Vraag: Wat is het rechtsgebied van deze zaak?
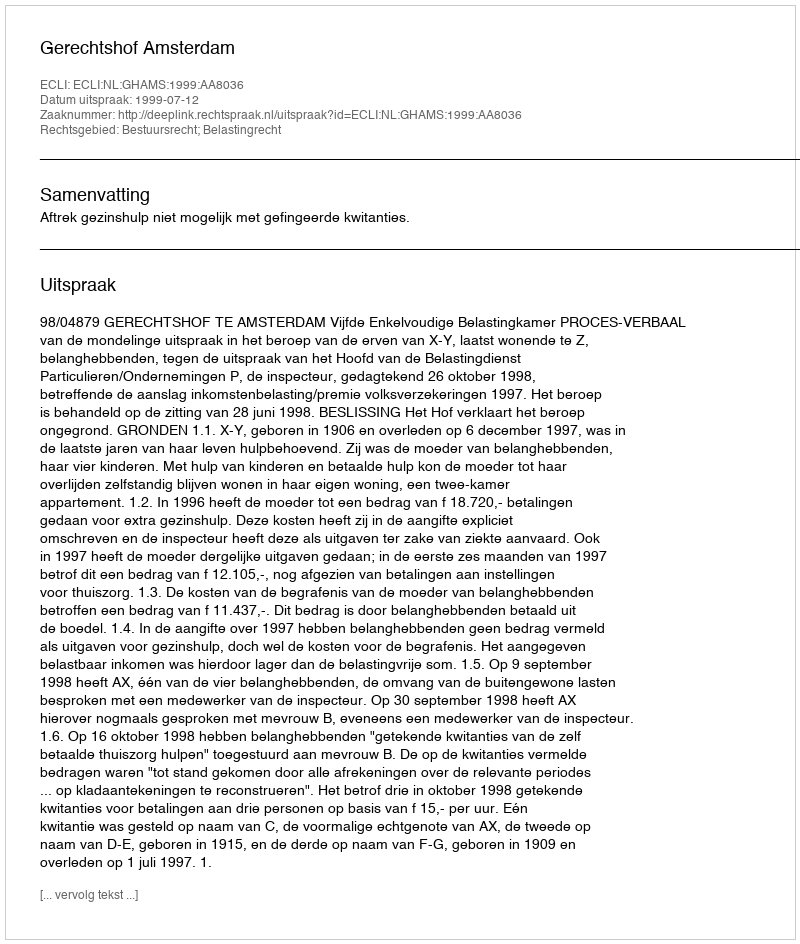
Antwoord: Bestuursrecht; Belastingrecht